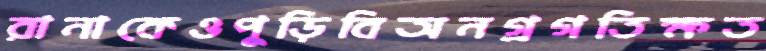
রানাকেওপুড়িবিঅনগ্রগতিক্ষত